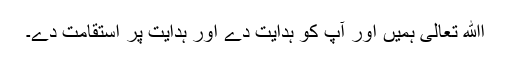
اﷲ تعالیٰ ہمیں اور آپ کو ہدایت دے اور ہدایت پر استقامت دے۔